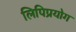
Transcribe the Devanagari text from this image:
लिपिप्रयोग